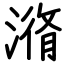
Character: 潃